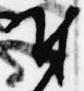
付